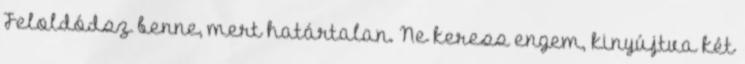
Feloldódsz benne, mert határtalan. Ne keress engem, kinyújtva két